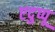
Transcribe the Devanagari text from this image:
एदुप्पू